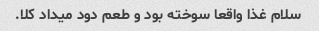
سلام غذا واقعا سوخته بود و طعم دود میداد کلا.